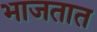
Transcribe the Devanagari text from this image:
भाजतात